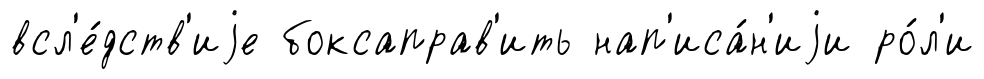
всл'е́дств'иjе боксаправ'ить нап'иса́н'иjи ро́л'и